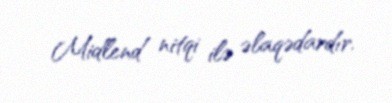
Midlend nitqi ilə əlaqədardır.